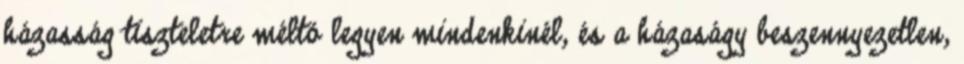
házasság tiszteletre méltó legyen mindenkinél, és a házaságy beszennyezetlen,